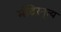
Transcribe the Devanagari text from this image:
मंदिरनृत्य